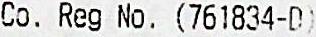
CO. REG NO. (761834-D)